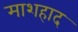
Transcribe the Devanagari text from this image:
माशहाद